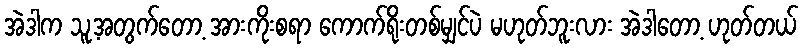
အဲဒါက သူ့အတွက်တော့ အားကိုးစရာ ကောက်ရိုးတစ်မျှင်ပဲ မဟုတ်ဘူးလား အဲဒါတော့ ဟုတ်တယ်